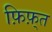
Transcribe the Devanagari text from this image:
फ़िफ़्त